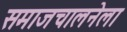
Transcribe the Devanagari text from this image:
समाजचालनेला